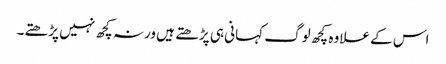
اس کے علاوہ کچھ لوگ کہانی ہی پڑھتے ہیں ورنہ کچھ نہیں پڑھتے۔